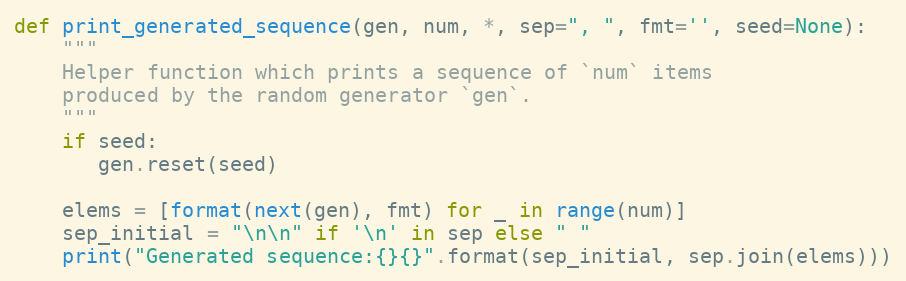
Language: Python
def print_generated_sequence(gen, num, *, sep=", ", fmt='', seed=None):
    """
    Helper function which prints a sequence of `num` items
    produced by the random generator `gen`.
    """
    if seed:
       gen.reset(seed)

    elems = [format(next(gen), fmt) for _ in range(num)]
    sep_initial = "\n\n" if '\n' in sep else " "
    print("Generated sequence:{}{}".format(sep_initial, sep.join(elems)))